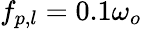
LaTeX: f_{p,l}=0.1\omega_{o}